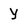
Character: Y